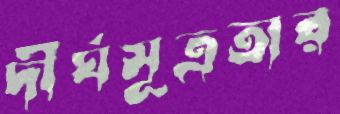
দীর্ঘসূত্রতার